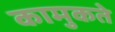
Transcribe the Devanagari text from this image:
कामुकते